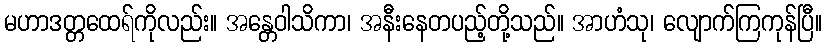
မဟာဒတ္တထေရ်ကိုလည်း။ အန္တေဝါသိကာ၊ အနီးနေတပည့်တို့သည်။ အာဟံသု၊ လျောက်ကြကုန်ပြီ။